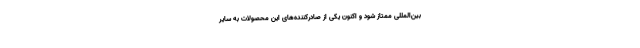
بین‌المللی ممتاز شود و اکنون یکی از صادرکننده‌های این محصولات به سایر